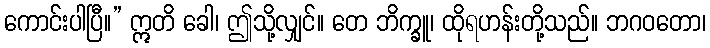
ကောင်းပါပြီ။” ဣတိ ခေါ၊ ဤသို့လျှင်။ တေ ဘိက္ခူ၊ ထိုရဟန်းတို့သည်။ ဘဂဝတော၊